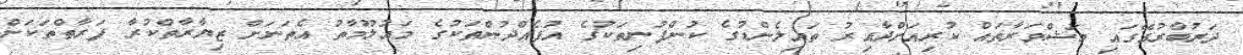
ދަރުބާރުގޭގައި މަޝްވަރާތައް ކުރިއަށްދާއިރު ތައިލެންޑުގެ ކުންފުނިތަކުގެ އުފެއްދުންތަކުގެ މައުލޫމާތު އެތަނަށް ޒިޔާރާތްކުރާ ފަރާތްތަކަށް